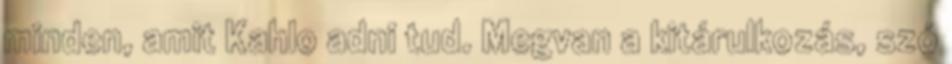
minden, amit Kahlo adni tud. Megvan a kitárulkozás, szó